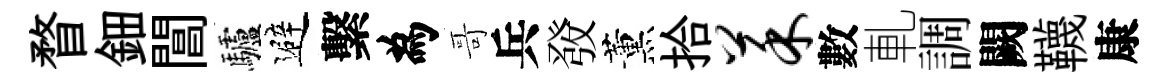
瞀鈿閶驢避繫為哥兵𤼲薰拾菜數軋調闕韈康